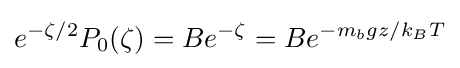
e^{-\zeta /2}P_{0}(\zeta )=Be^{-\zeta }=Be^{-m_{b}gz/k_{B}T}